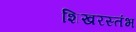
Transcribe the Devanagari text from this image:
शिखरस्तंभ